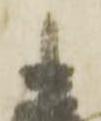
忠